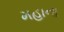
મહાના